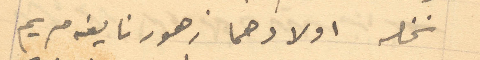
نخله اولادهما زهور نايفه مريم